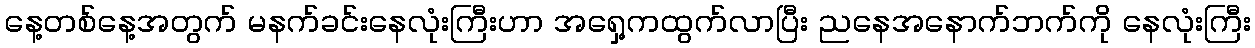
နေ့တစ်နေ့အတွက် မနက်ခင်းနေလုံးကြီးဟာ အရှေ့ကထွက်လာပြီး ညနေအနောက်ဘက်ကို နေလုံးကြီး